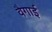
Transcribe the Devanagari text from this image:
वैगाई